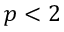
p < 2